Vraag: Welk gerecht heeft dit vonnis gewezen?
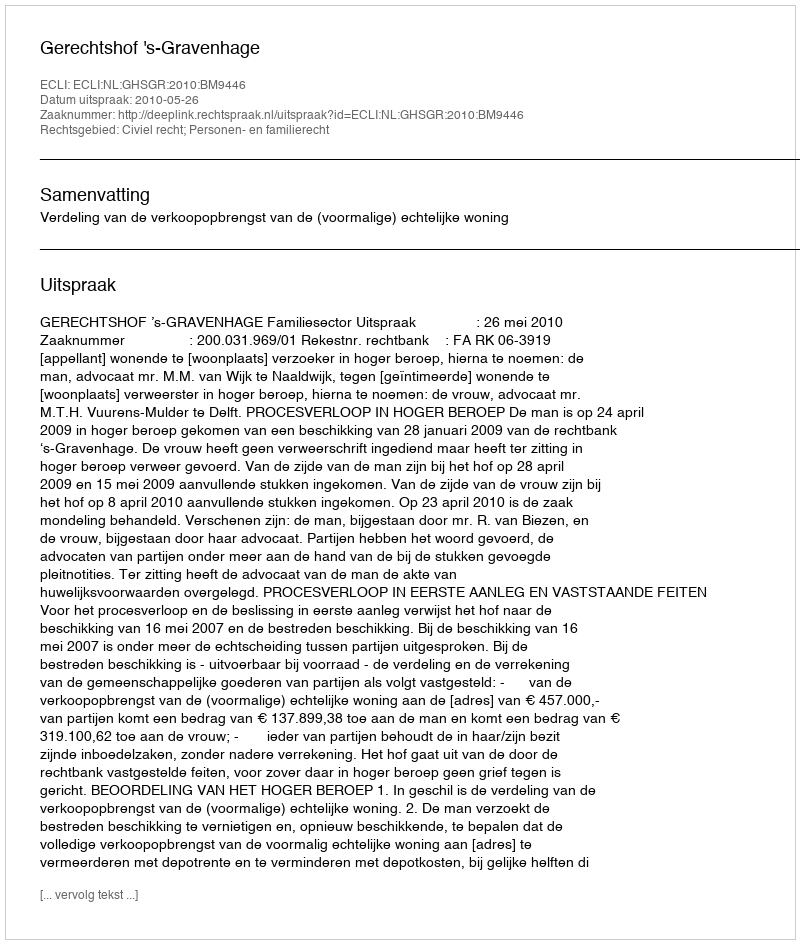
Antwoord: Gerechtshof 's-Gravenhage